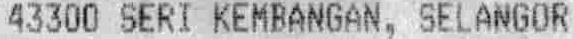
43300 SERI KEMBANGAN, SELANGOR